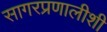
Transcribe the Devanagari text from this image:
सागरप्रणालीशी